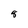
Character: 8